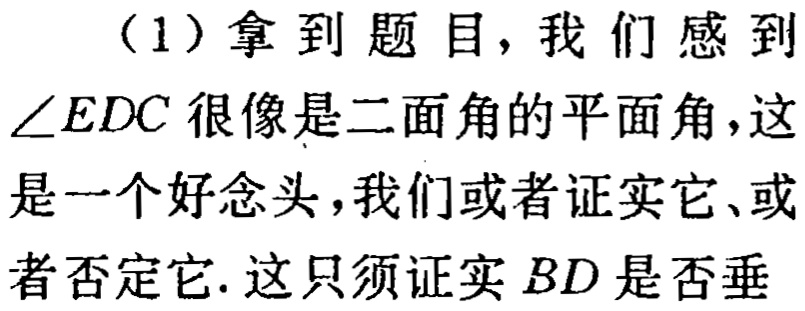
（1）拿到题目，我们感到$\angle EDC$很像是二面角的平面角，这是一个好念头，我们或者证实它、或者否定它. 这只须证实$BD$是否垂